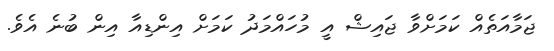
ޖަމާއަތެއް ކަމަށްވާ ޖައިޝް އީ މުހައްމަދު ކަމަށް އިންޑިއާ އިން ބުނެ އެވެ.